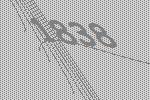
1838